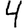
Digit: 4